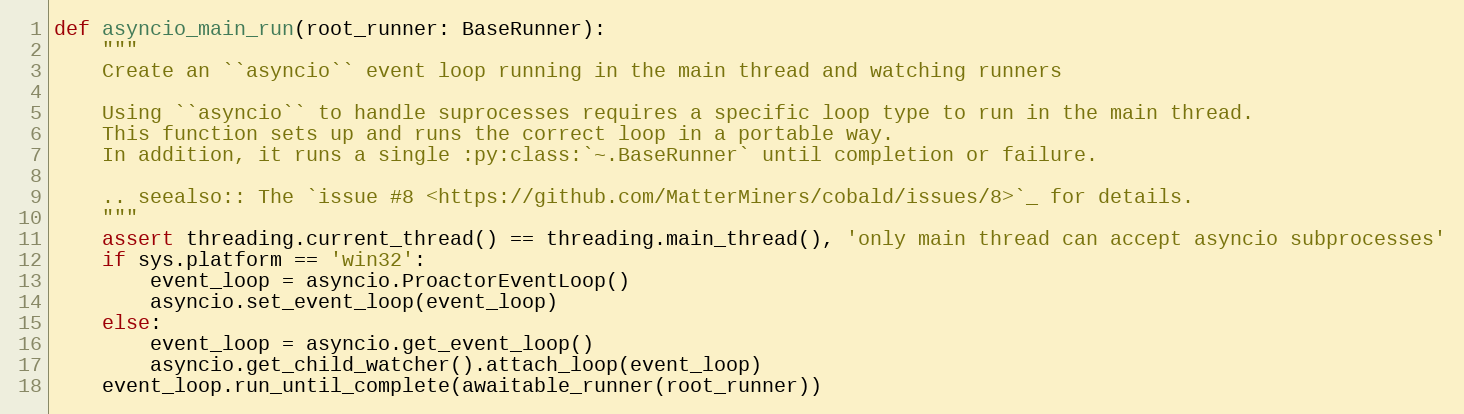
Language: Python
def asyncio_main_run(root_runner: BaseRunner):
    """
    Create an ``asyncio`` event loop running in the main thread and watching runners

    Using ``asyncio`` to handle suprocesses requires a specific loop type to run in the main thread.
    This function sets up and runs the correct loop in a portable way.
    In addition, it runs a single :py:class:`~.BaseRunner` until completion or failure.

    .. seealso:: The `issue #8 <https://github.com/MatterMiners/cobald/issues/8>`_ for details.
    """
    assert threading.current_thread() == threading.main_thread(), 'only main thread can accept asyncio subprocesses'
    if sys.platform == 'win32':
        event_loop = asyncio.ProactorEventLoop()
        asyncio.set_event_loop(event_loop)
    else:
        event_loop = asyncio.get_event_loop()
        asyncio.get_child_watcher().attach_loop(event_loop)
    event_loop.run_until_complete(awaitable_runner(root_runner))